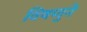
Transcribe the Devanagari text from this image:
विषणुने